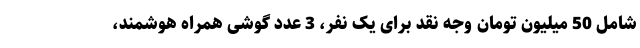
شامل 50 میلیون تومان وجه نقد برای یک نفر، 3 عدد گوشی همراه هوشمند،